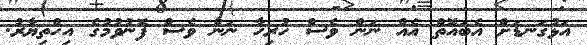
އަޅުގަނޑަށް އެބައޮތް އެއް ނަން ވެސް ހުރިހާ ނަން ވެސް ފޮނުވުމުގެ އިހްތިޔާރު.